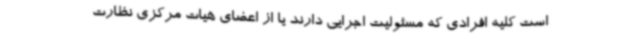
است کلیه افرادی که مسئولیت اجرایی دارند یا از اعضای هیات مرکزی نظارت